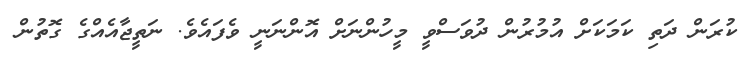
ކުރަން ދަތި ކަމަކަށް އުމުރުން ދުވަސްވީ މީހުންނަށް އޮންނަނީ ވެފައެވެ. ނަތީޖާއެއްގެ ގޮތުން